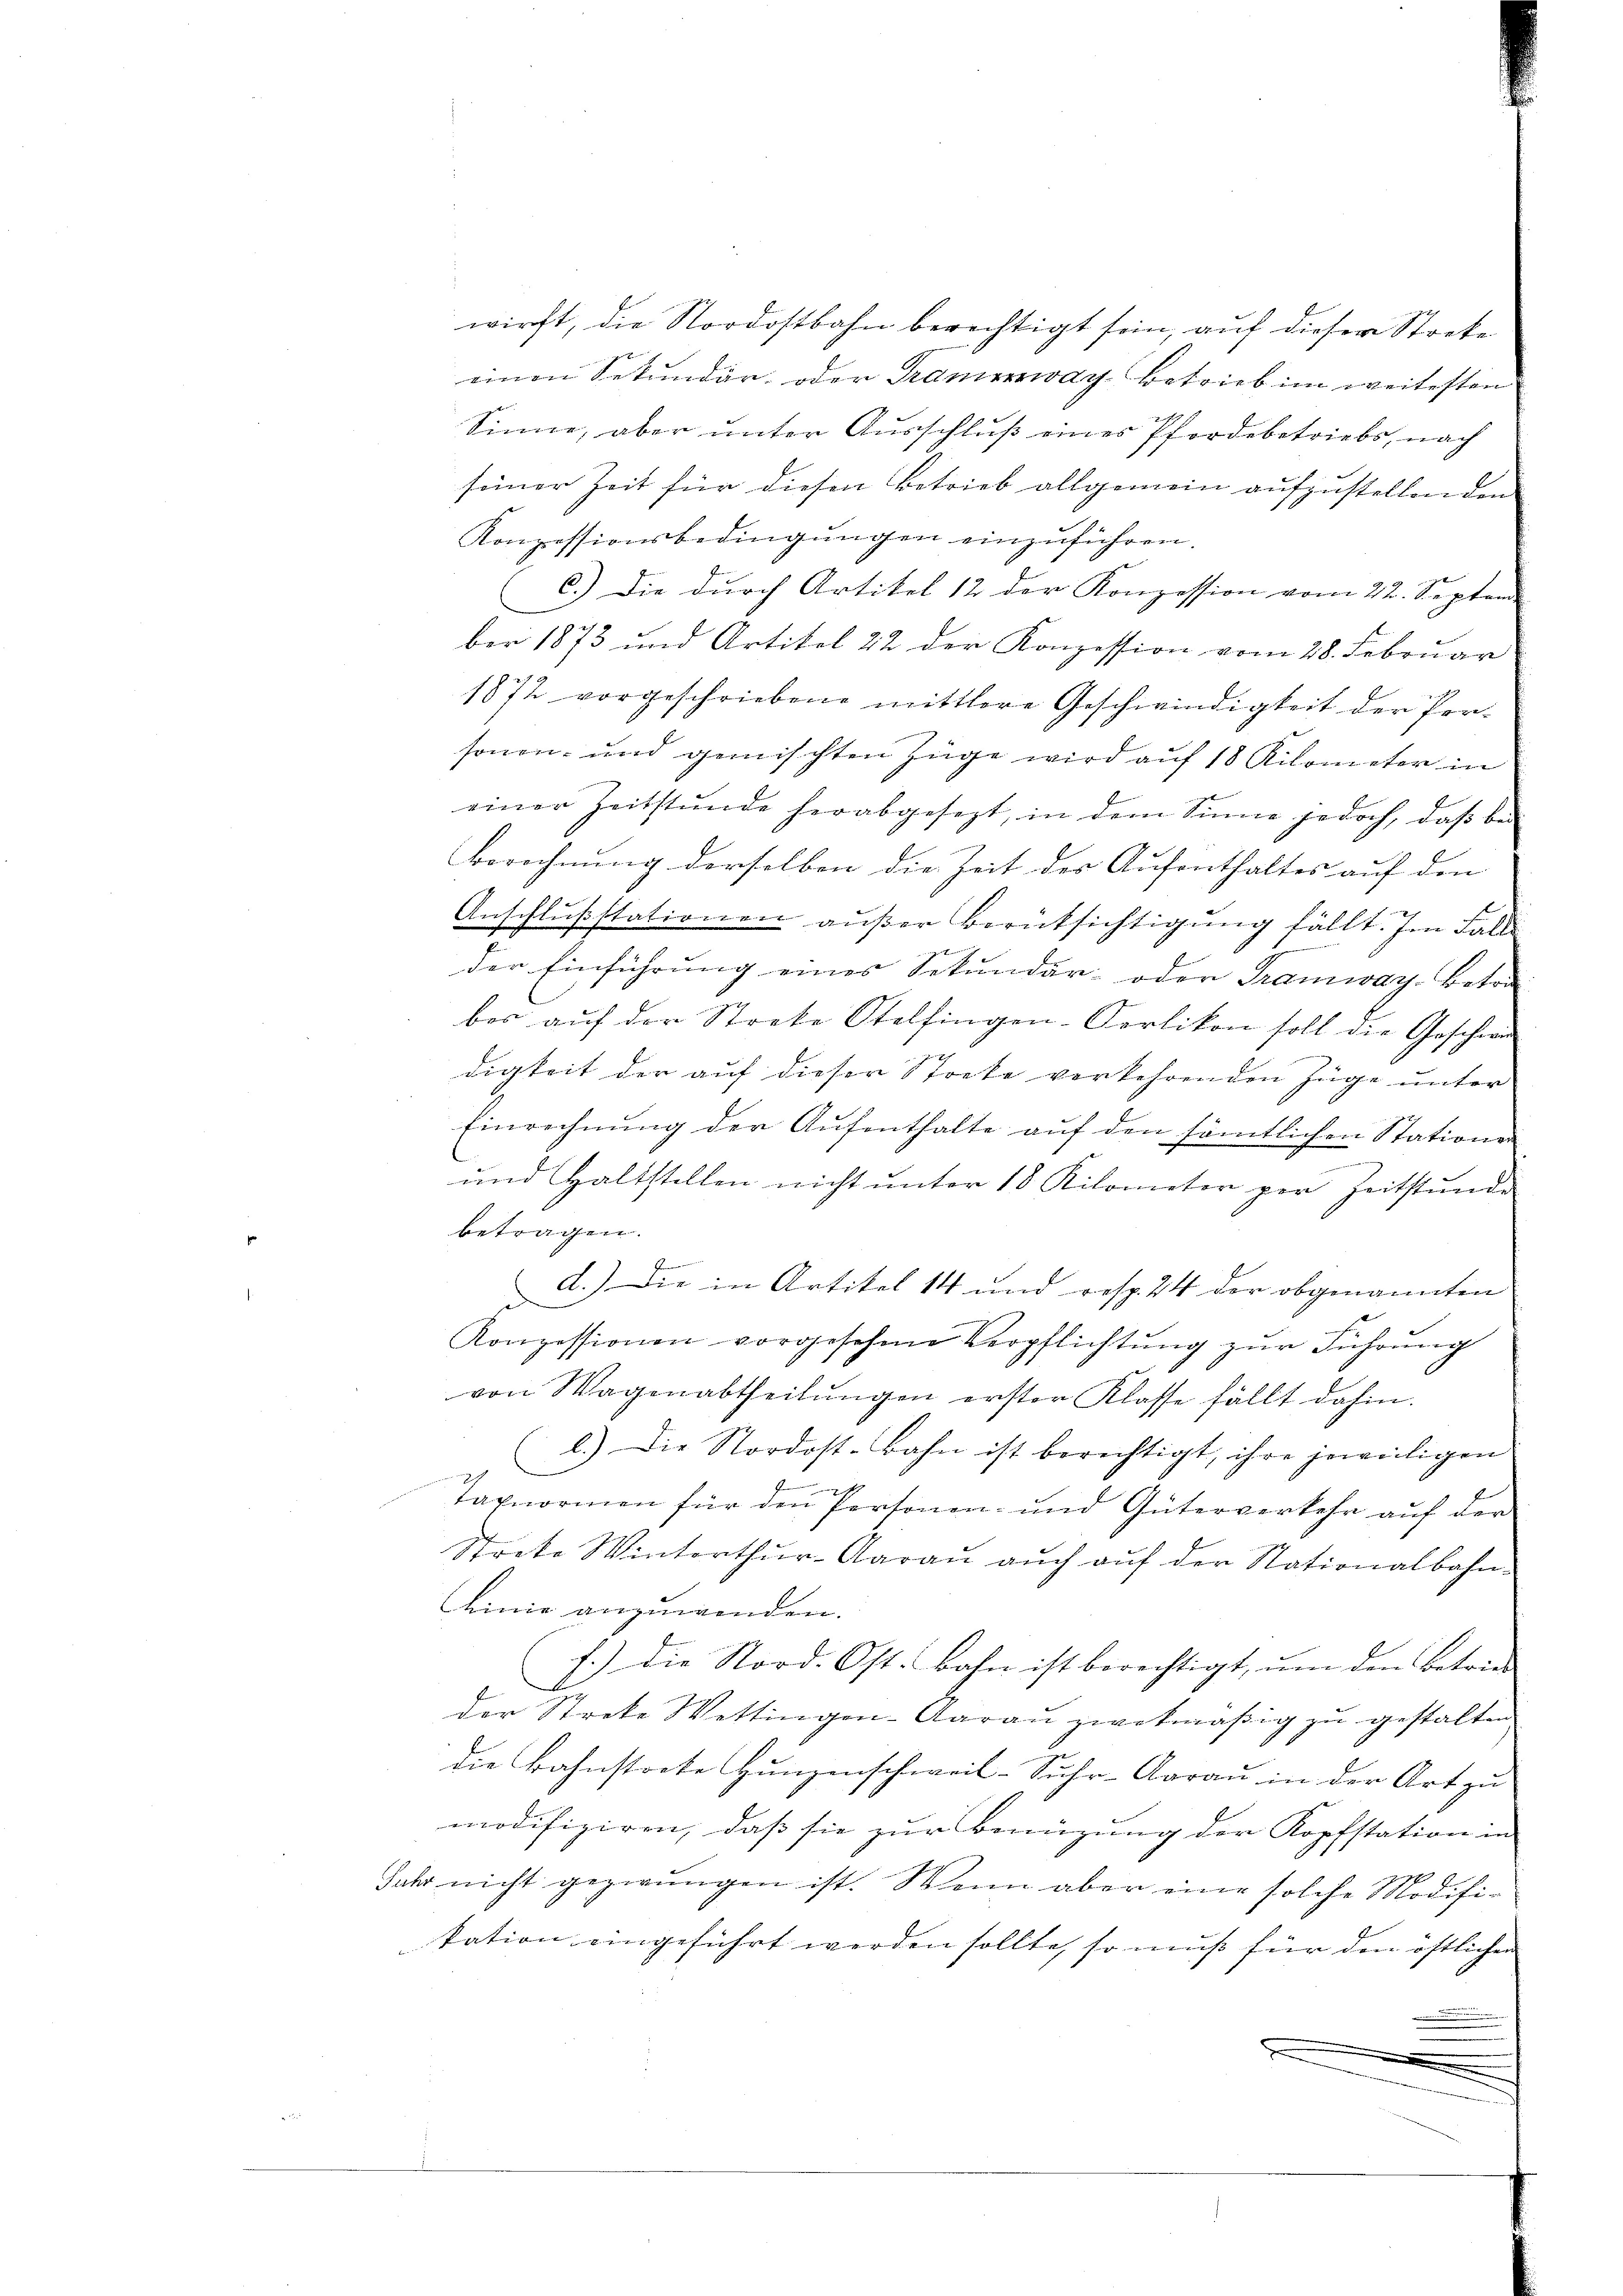
einen Sekundär, oder Tramway, betrieb im weitesten
Sinne, aber unter Ausschlŭβ eines Pfordebetriebs, nach
seiner Zeit für diesen Betrieb allgemein aufzustellenden
Konzessionsbedingungen einzuführen.
C.) Die durch Artikel 12 der Konzession vom 22. Septem
C
ber 1873 und Artikel 22 der Konzession vom 28. Februar
1872 vorgeschriebene mittlere Geschwindigkeit der Personen- und gemischten Züge wird auf 18 Kilometer in
einer Zeitstŭnde herabgesezt, in dem Sinne jedoch, daβ bei
Berechnung derselben die Zeit der Aufenthaltes auf den |
Anschlusstationen außer Berücksichtigung fällt. Im Falle
der Einführung eines Sekundar- oder Tramway-Betra
bes aŭf der Streke Otelfingen-Perlikon soll die Geschwi
digkeit der auf dieser Stocke verkehrenden Züge unter
Einrechnung der Aufenthalte auf den sämtlichen Stationen

und Haltstellen nicht unter 18 Kilometer per Zeitstunde
betragen.
Plänen
d.) Die in Artikel 14 und resp. 24 der obgenannten
Konzessionen vorgesehene Verpflichtŭng zŭr Führŭng
von Wagenabtheilŭngen erster Klasse fällt dahin.
b.) Die Nordost-Bahn ist berechtigt, ihre jeweiligen
g
2

taxnormen für den Personen- und Güterverkehr auf der
Streke Winterthŭr-Aarau auch auf der Stationalbahn-
Linie anzuwenden.
f.) Die Nord. Ost. Bahn ist berechtigt, um den Betrie-
der Streke Wettingen-Aarau zwekmäßig zu gestalten
die Bahnstrate Hunzenschweil-Suhr-Aarau in der Art zu
modifiziren, dass sie zur Benüzung der Kopfstation in
Jahr nicht gezwungen ist. Wenn aber eine solche Modifi-
tation eingeführt werden sollte, so muß für den östlichen
 |
.
.

wirft, die Nordostbahn berechtigt sein, auf dieser Streke